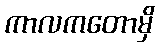
ကာလကတောမှိ